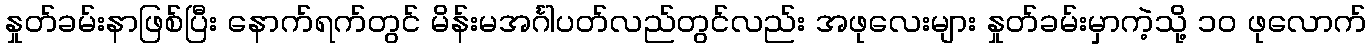
နှုတ်ခမ်းနာဖြစ်ပြီး နောက်ရက်တွင် မိန်းမအင်္ဂါပတ်လည်တွင်လည်း အဖုလေးများ နှုတ်ခမ်းမှာကဲ့သို့ ၁၀ ဖုလောက်